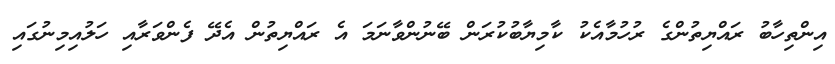
އިންތިހާބު ރައްޔިތުންގެ ރުހުމާއެކު ކާމިޔާބުކުރަން ބޭނުންވާނަމަ އެ ރައްޔިތުން އެދޭ ފެންވަރާއި ހަލުއިމިނުގައި